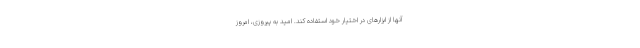
آنها از ابزارهای در اختیار خود استفاده کند. امید به پیروزی، امروز